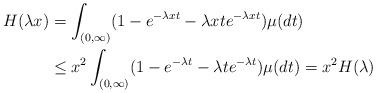
LaTeX: \begin{align*}H(\lambda x)&=\int_{(0,\infty)}(1-e^{-\lambda x t}-\lambda x te^{-\lambda x t})\mu(dt)\\&\leq x^2\int_{(0,\infty)}(1-e^{-\lambda t}-\lambda t e^{-\lambda t})\mu(dt)=x^2H(\lambda)\end{align*}